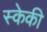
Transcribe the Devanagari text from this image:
स्केकी